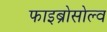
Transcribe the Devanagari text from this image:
फाइब्रोसोल्व